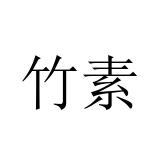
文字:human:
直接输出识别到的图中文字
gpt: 竹素